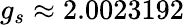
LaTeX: g_{s}\approx 2.0023192